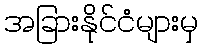
အခြားနိုင်ငံများမှ